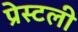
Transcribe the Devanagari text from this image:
प्रेस्टली